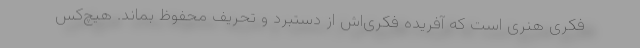
فکری هنری است که آفریده فکری‌اش از دستبرد و تحریف محفوظ بماند. هیچ‌کس